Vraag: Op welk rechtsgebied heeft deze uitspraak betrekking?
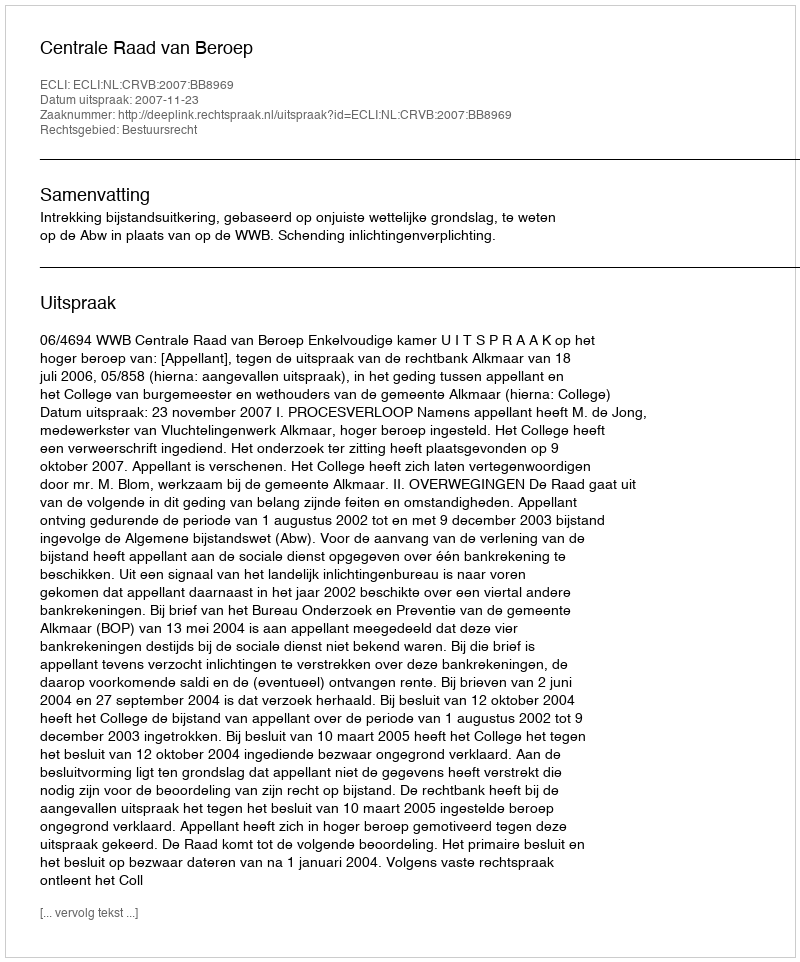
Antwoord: Bestuursrecht